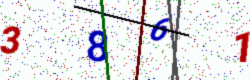
Text: 3861